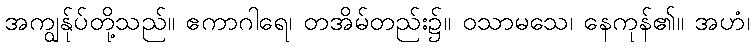
အကျွန်ုပ်တို့သည်။ ဧကာဂါရေ၊ တအိမ်တည်း၌။ ဝသာမသေ၊ နေကုန်၏။ အဟံ၊